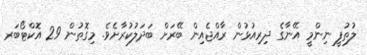
ލުތުފީ ނިންމީ އޭނާގެ ދިރިއުޅުން ރާއްޖެއިން ބޭރަށް ބަދަލުކުރާށެވެ. މިގޮތުން 29 އޮކްޓޯބަރ